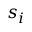
\boldsymbol { s } _ { i }